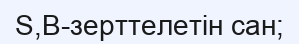
S,B-зерттелетін сан;